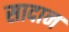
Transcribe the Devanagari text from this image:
सादान